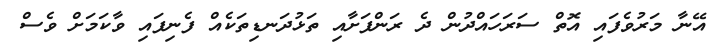
އޭނާ މަރުވެފައި އޮތް ސަރަހައްދުން ދެ ރަންފަށާއި ތަޅުދަނޑިތަކެއް ފެނިފައި ވާކަމަށް ވެސް